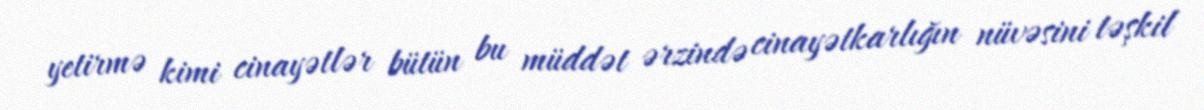
yetirmə kimi cinayətlər bütün bu müddət ərzində cinayətkarlığın nüvəsini təşkil